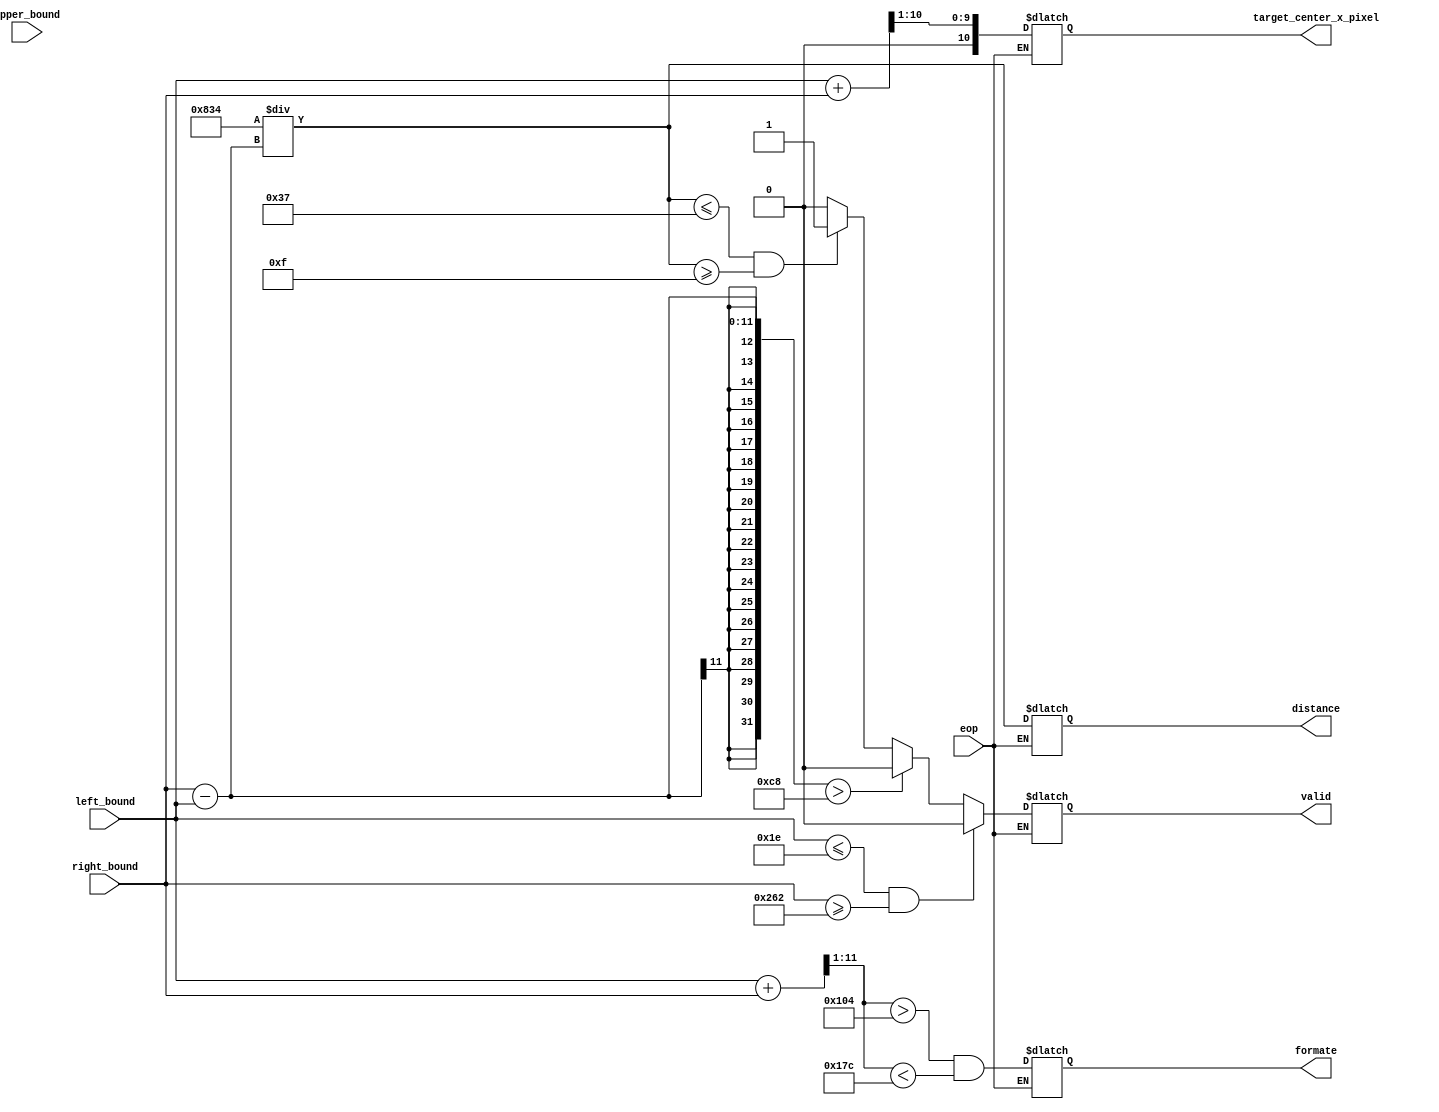
module buildiing_distance_cal
(
    //input [7:0] height_rt_cam,
    //input [7:0] cali_size,
    //input [7:0] cali_distance,
    input [10:0] left_bound,
    input [10:0] right_bound,
    input [10:0] upper_bound,
    input eop,
    output reg valid,
    output reg formate,
    output reg [10:0] target_center_x_pixel,
    output reg [11:0] distance
    //output [7:0] distance,
    // output [7:0] heigh 
);
parameter IMAGE_W = 11'd640;
parameter cali_size = 11'd70;
parameter cali_distance = 11'd30;

// formate = 0 :: center 
always @(*) begin
    if(eop)begin
        distance = (cali_size * cali_distance) / (right_bound - left_bound);
        valid =  (left_bound <= 30 && right_bound >= IMAGE_W - 30 )? 0 :
                 (right_bound - left_bound > 200)? 0:
                // (upper_bound >= 90) ? 0:
                 (distance <= 55 && distance >= 15)? 1:0;

        formate = ((left_bound + right_bound) >> 1 > 260) && ((left_bound + right_bound) >> 1 < 380);
        target_center_x_pixel = (left_bound + right_bound) >> 1;
    end
end
endmodule